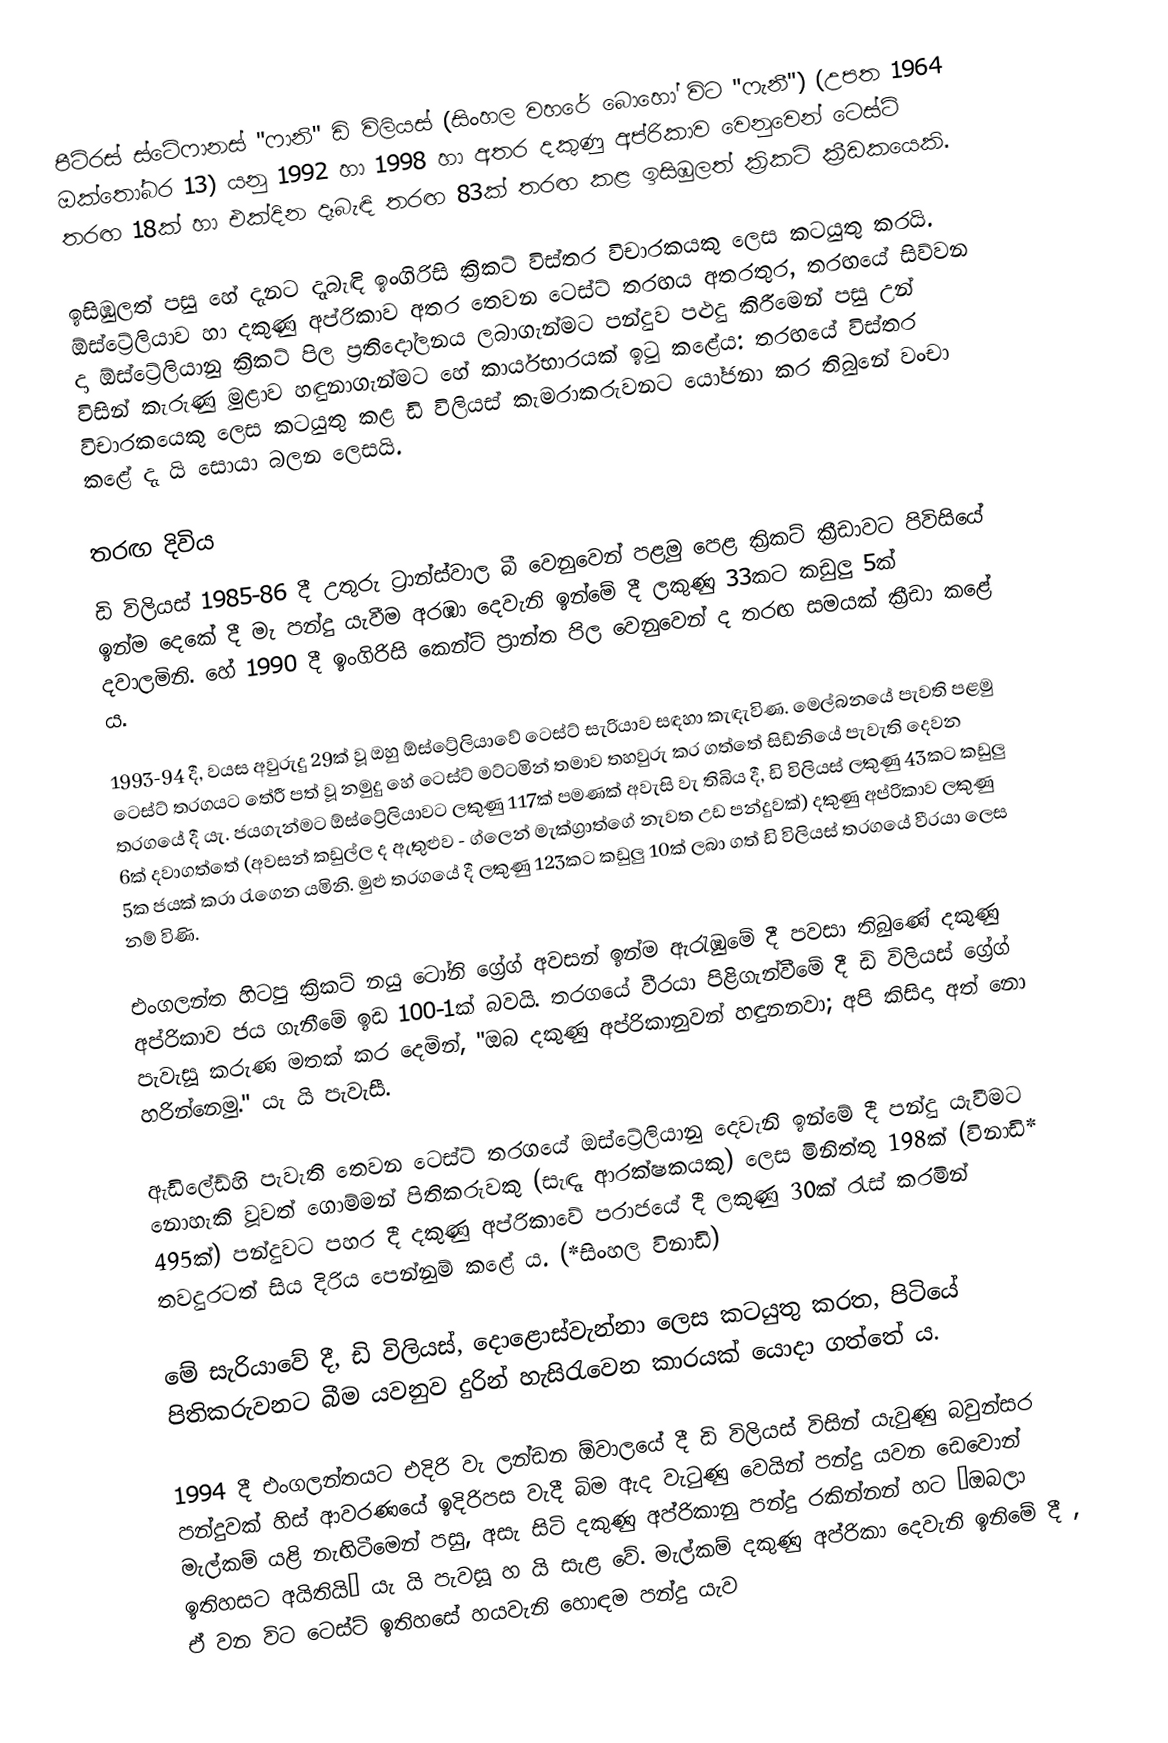
පීට්රස් ස්ටේෆානස් "ෆානි" ඩි විලියස් (සිංහල වහරේ බොහෝ විට "ෆැනී") (උපත 1964 ඔක්තෝබර 13) යනු 1992 හා 1998 හා අතර දකුණු අප්රිකාව වෙනුවෙන් ටෙස්ට් තරඟ 18ක් හා එක්දින දෑබැඳි තරඟ 83ක් තරඟ කළ ඉසිඹුලත් ක්‍රිකට් ක්‍රීඩකයෙකි.

ඉසිඹුලත් පසු හේ දැනට දෑබැඳි ඉංගිරිසි ක්‍රිකට් විස්තර විචාරකයකු ලෙස කටයුතු කරයි. ඕස්ට්‍රේලියාව හා දකුණු අප්රිකාව අතර තෙවන ටෙස්ට් තරඟය අතරතුර, තරඟයේ සිව්වන දා  ඕස්ට්‍රේලියානු ක්‍රිකට් පිල ප්‍රතිදෝලනය ලබාගැන්මට පන්දුව පළුදු කිරීමෙන් පසු උන් විසින් කැරුණු මුළාව හඳුනාගැන්මට හේ කාර්යභාරයක් ඉටු කළේය: තරඟයේ විස්තර විචාරකයෙකු ලෙස කටයුතු කළ ඩි විලියස් කැමරාකරුවනට යෝජනා කර තිබුනේ වංචා කළේ දැ යි සොයා බලන ලෙසයි.

තරඟ දිවිය
ඩි විලියස් 1985-86 දී උතුරු ට්‍රාන්ස්වාල බී වෙනුවෙන් පළමු පෙළ ක්‍රිකට් ක්‍රීඩාවට පිවිසියේ ඉන්ම දෙකේ දී මැ පන්දු යැවීම අරඹා දෙවැනි ඉන්මේ දී ලකුණු 33කට කඩුලු 5ක් දවාලමිනි. හේ 1990 දී ඉංගිරිසි කෙන්ට් ප්‍රාන්ත පිල වෙනුවෙන් ද තරඟ සමයක් ක්‍රීඩා කළේ ය.

1993-94 දී, වයස අවුරුදු 29ක් වූ ඔහු ඕස්ට්‍රේලියාවේ ටෙස්ට් සැරියාව සඳහා කැඳැවිණ. මෙල්බනයේ පැවති පළමු ටෙස්ට් තරගයට තේරී පත් වූ නමුදු හේ ටෙස්ට් මට්ටමින් තමාව තහවුරු කර ගත්තේ සිඩ්නියේ පැවැති දෙවන තරගයේ දී යැ. ජයගැන්මට ඕස්ට්‍රේලියාවට ලකුණු 117ක් පමණක් අවැසි වැ තිබිය දී, ඩි විලියස් ලකුණු 43කට කඩුලු 6ක් දවාගත්තේ (අවසන් කඩුල්ල ද ඇතුළුව - ග්ලෙන් මැක්ග්‍රාත්ගේ නැවත උඩ පන්දුවක්) දකුණු අප්රිකාව ලකුණු 5ක ජයක් කරා රැගෙන යමිනි. මුළු තරගයේ දී ලකුණු 123කට කඩුලු 10ක් ලබා ගත් ඩි විලියස් තරගයේ වීරයා ලෙස නම් විණි.

එංගලන්ත හිටපු ක්‍රිකට් නයු ටෝනි ග්‍රේග් අවසන් ඉන්ම ඇරැඹුමේ දී පවසා තිබුණේ දකුණු අප්රිකාව ජය ගැනීමේ ඉඩ 100-1ක් බවයි. තරගයේ වීරයා පිළිගැන්වීමේ දී ඩි විලියස් ග්‍රේග් පැවැසූ කරුණ මතක් කර දෙමින්, "ඔබ දකුණු අප්රිකානුවන් හඳුනනවා; අපි කිසිදා අත් නො හරින්නෙමු." යැ යි පැවැසී.

ඇඩිලේඩ්හි පැවැති තෙවන ටෙස්ට් තරගයේ ඔස්ට්‍රේලියානු දෙවැනි ඉන්මේ දී පන්දු යැවීමට නොහැකි වූවත් ගොම්මන් පිතිකරුවකු (සැඳෑ ආරක්ෂකයකු) ලෙස මිනිත්තු 198ක් (විනාඩි* 495ක්) පන්දුවට පහර දී දකුණු අප්රිකාවේ පරාජයේ දී ලකුණු 30ක් රැස් කරමින් තවදුරටත් සිය දිරිය පෙන්නුම් කළේ ය. (*සිංහල විනාඩි)

මේ සැරියාවේ දී, ඩි විලියස්, දොළොස්වැන්නා ලෙස කටයුතු කරත, පිටියේ පිතිකරුවනට බීම යවනුව දුරින් හැසිරැවෙන කාරයක් යොදා ගත්තේ ය.

1994 දී එංගලන්තයට එදිරි වැ ලන්ඩන ඕවාලයේ දී ඩි විලියස් විසින් යැවුණු බවුන්සර පන්දුවක් හිස් ආවරණයේ ඉදිරිපස වැදී බිම ඇද වැටුණු වෙයින් පන්දු යවන ඩෙවොන් මැල්කම් යළි නැඟිටීමෙන් පසු, අසැ සිටි දකුණු අප්රිකානු පන්දු රකින්නන් හට “ඔබලා ඉතිහසට අයිතියි” යැ යි පැවසූ හ යි සැළ වේ. මැල්කම් දකුණු අප්රිකා දෙවැනි ඉනිමේ දී , ඒ වන විට ටෙස්ට් ඉතිහසේ හයවැනි හොඳම පන්දු යැව